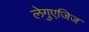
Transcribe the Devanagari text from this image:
लेगुएजिज